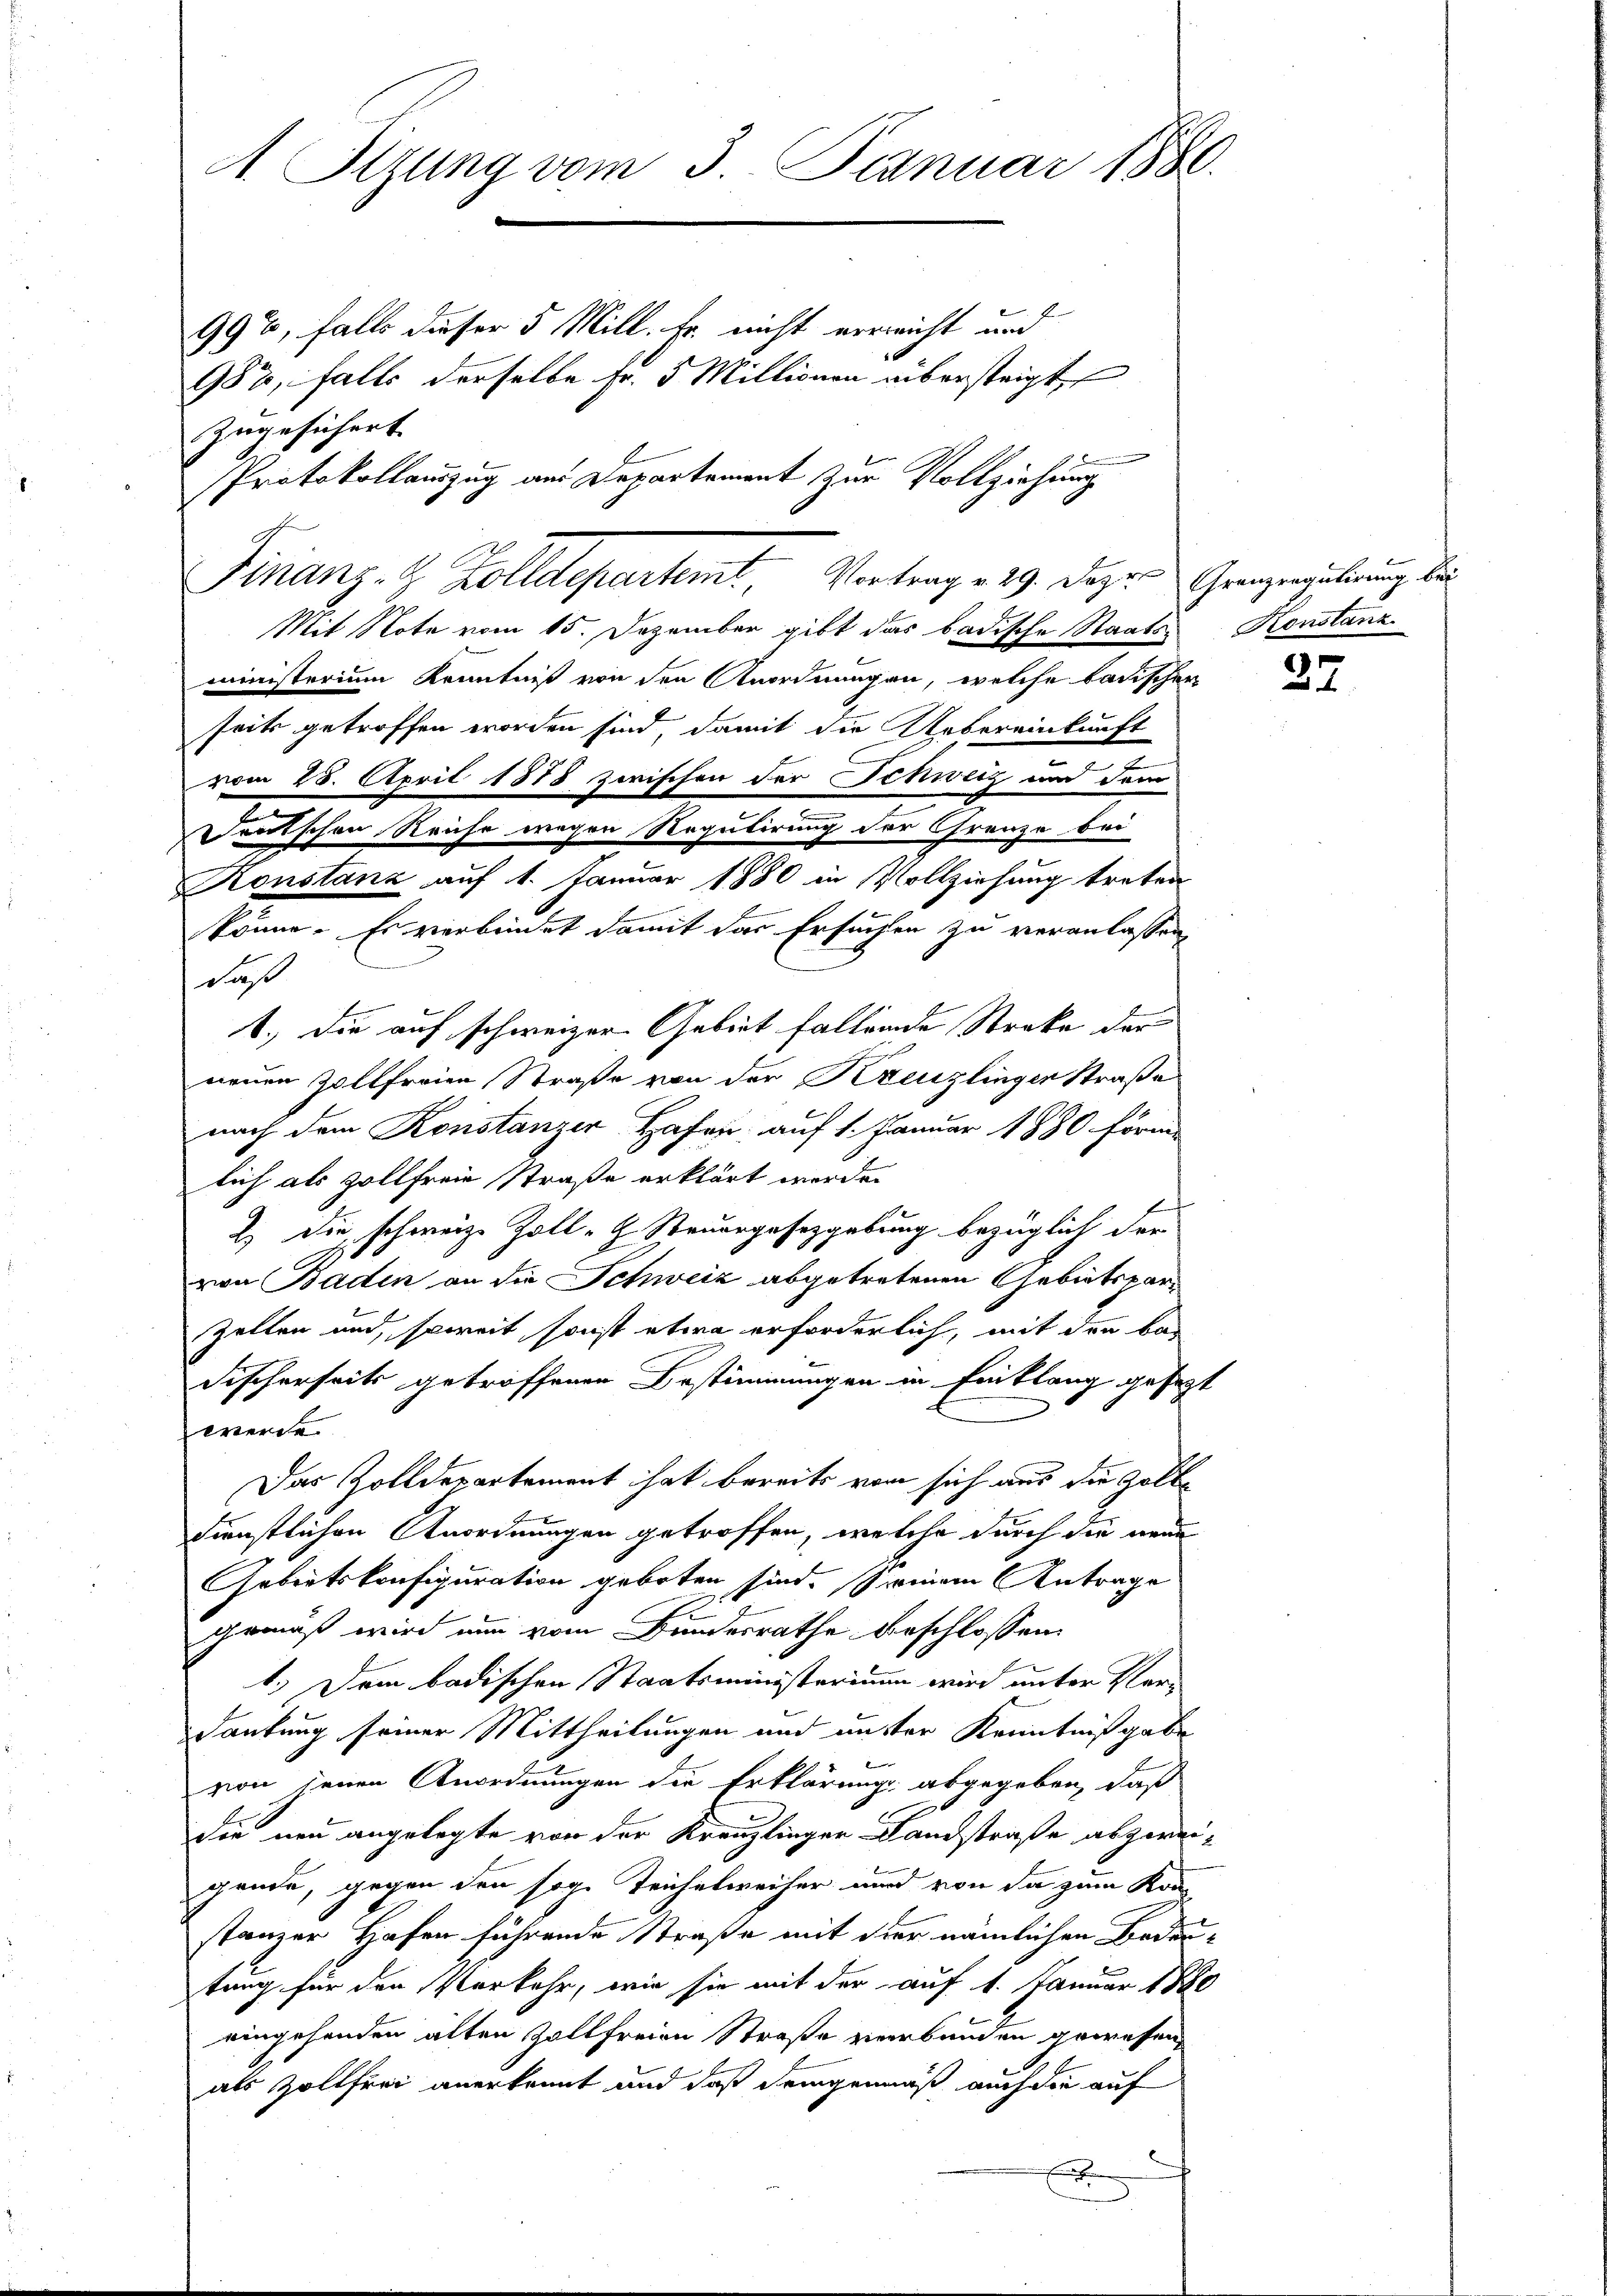
A. Sitzung vom 3. Januar 1888.

zugesichert |
Mit Note vom 15. Dezember gibt das badische Staats-Konstanz
ministerium Kenntniß von den Anordnungen, welche badischer
seits getroffen worden sind, damit die Uebereinkunft
vom 28. April 1878 zwischen der Schweiz und dem
daß
nach dem Konstanzer Hafen auf 1. Januar 1880 förm
lich als Zollfreie Straße erklärt werde.
e
2.) Die schweize Zoll-G. Steuergesetzgebung bezüglich der
2
von Baden an die Schweiz abgetretenen Gebietspar
Zellen und, soweit sonst etwa erforderlich, mit den ka
Fischerseits getroffenen Bestimmungen in Einklang gesezt
werde
Das Zolldepartement hat bereits von sich aus die Zolldienstlichen Anordnungen getroffen, welche durch die neue
Gebietskonfiguration geboten sind. Seinem Antrage
gemäß wird nun vom Bundesrathe beschlossen:
1.) Dem badischen Staatsministerium wird unter Verdankung seiner Mittheilungen und unster Kenntnißgabe
von jenen Anordnungen die Erklärung abgegeben, daß
die neu angelegte von der Kreuzlinger Landstraße abzweigende, gegen den sog. Teichelweiser wird von da zum Kanstanzer Hafen führende Straße mit der nämlichen Bedautung für den Verkehr, wie sie mit der auf 1. Januar 1880
eingehenden alten Zollfreien Straße verbunden gewesen,
als Zollfrei anerkannt und daß demgemäß auch die auf

Finanz- & Zolldepartemt, Vortrag v. 29. Dazu Grenzerzulierung der

Deutschen Reiche wegen Regulirung der Grenze bei
Konstanz auf 1. Januar 1880 in Vollziehung treten
könne. Es verbindet damit das Ersuchen zu veranlassen,
1.) Die auf schweizer Gebiet fallende Streke der
neuen Zollfreien Straße von der Kreuzlingen Straße

99%, falls dieser 5 Mill. Er nicht verricht und
987, falls derselbe Fr. 5 Millionen übersteigt
n
Protokollauszug aus Departement zur Vollziehung

27